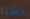
حسنا